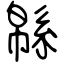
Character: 緜